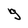
Character: g